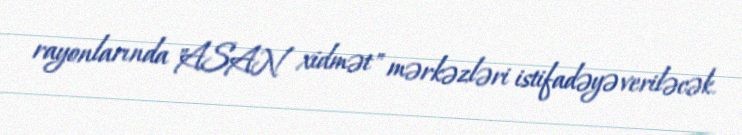
rayonlarında "ASAN xidmət" mərkəzləri istifadəyə veriləcək.